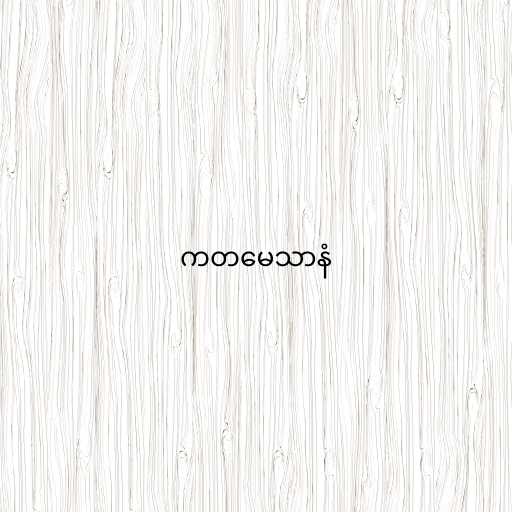
ကတမေသာနံ